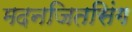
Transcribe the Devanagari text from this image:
मदनजितसिंग